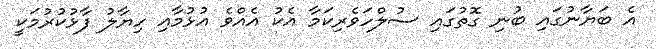
އެ ބަޔާނުގައި ބުނި ގޮތުގައި ސުލްހަވެރިކަމާ އެކު އެއްވެ އުޅުމާއި ހިޔާލު ފާޅުކުރުމަކީ